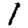
Digit: 1